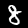
Digit: 8